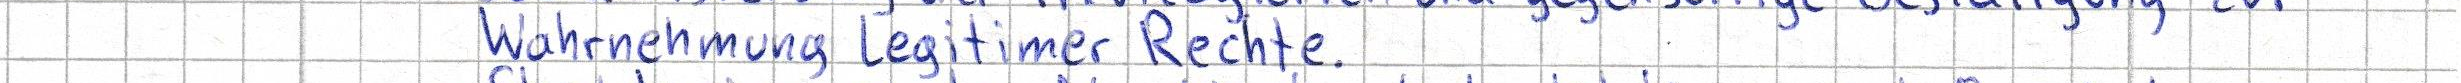
Wahrnehmung Legitimer Rechte.